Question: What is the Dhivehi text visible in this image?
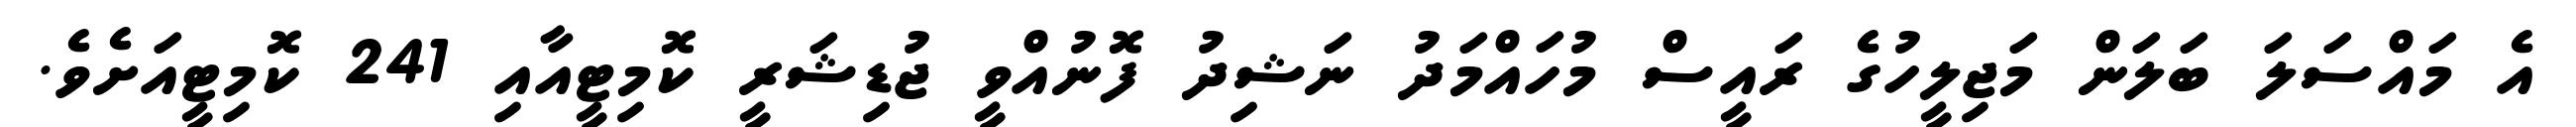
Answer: އެ މައްސަލަ ބަލަން މަޖިލީހުގެ ރައީސް މުހައްމަދު ނަޝިދު ފޮނުއްވީ ޖުޑިޝަރީ ކޮމިޓީއާއި 241 ކޮމިޓީއަށެވެ.